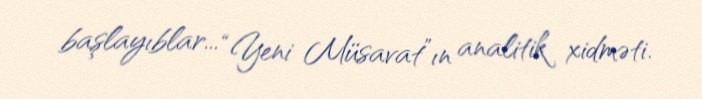
başlayıblar... “Yeni Müsavat”ın analitik xidməti.